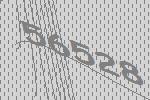
56528